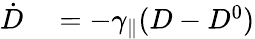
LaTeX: \begin{array}{rl}{\dot{D}}&{{}=-\gamma_{\parallel}(D-D^{0})}\end{array}